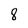
Character: 8